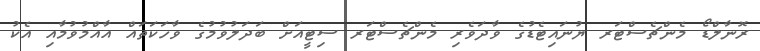
ރޮނާލްޑޯ މެންޗެސްޓަރ ޔުނައިޓެޑުގެ ވާދަވެރި މެންޗެސްޓަރ ސިޓީއަށް ބަދަލުވުމުގެ ވާހަކަތައް އާއްމުވުމާއި އެކު